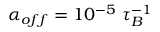
\alpha _ { o f f } = 1 0 ^ { - 5 } ~ \tau _ { B } ^ { - 1 }